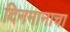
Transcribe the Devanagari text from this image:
दिनमानाचा